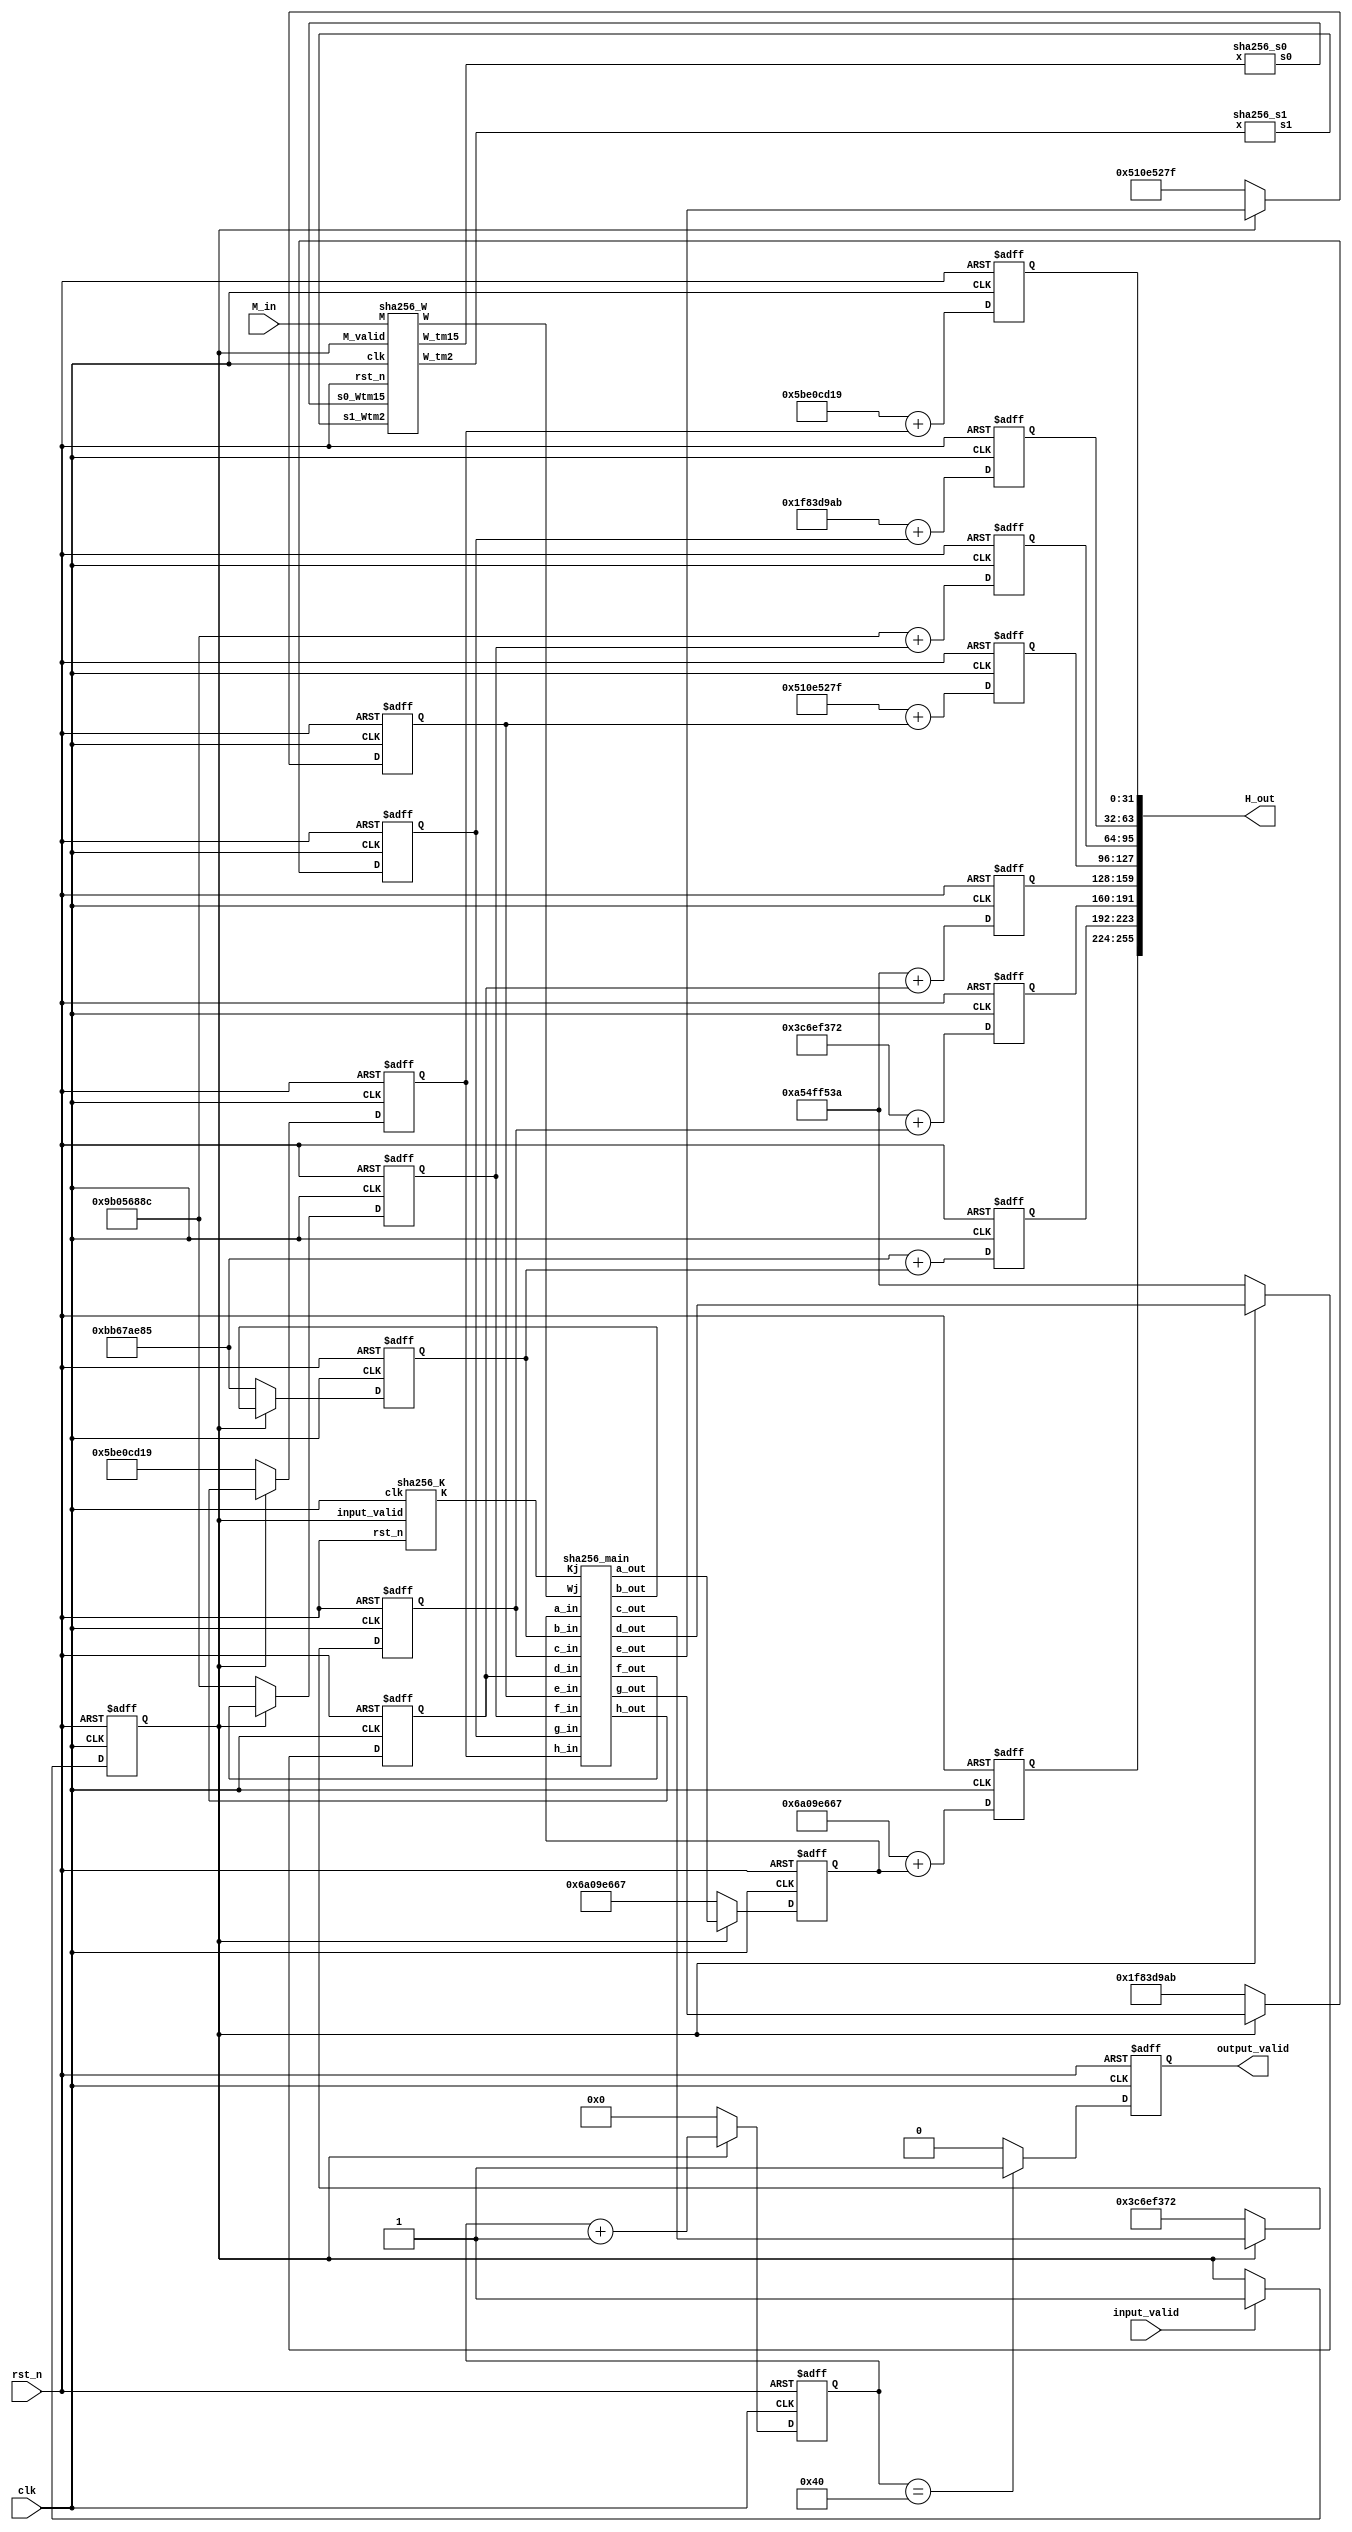
module sha256(
    input clk,
    input rst_n,
    //input [255:0] H_in,
    input [511:0] M_in,
    input input_valid,
    output [255:0] H_out,
    output output_valid
    );

reg [6:0] round;
reg [6:0] round_w;
reg input_ready_r;
reg input_ready_w;
reg output_valid_w, output_valid_r;

wire [31:0] a_in,b_in,c_in,d_in,e_in,f_in,g_in,h_in;
wire [255:0] H_in;

assign H_in = {
        32'h6A09E667, 32'hBB67AE85, 32'h3C6EF372, 32'hA54FF53A,
        32'h510E527F, 32'h9B05688C, 32'h1F83D9AB, 32'h5BE0CD19
};
assign a_in = H_in[255:224];
assign b_in = H_in[223:192];
assign c_in = H_in[191:160];
assign d_in = H_in[159:128];
assign e_in = H_in[127:96 ];
assign f_in = H_in[95 :64 ];
assign g_in = H_in[63 :32 ];
assign h_in = H_in[31 :0  ];
reg  [31:0] a_q, b_q, c_q, d_q, e_q, f_q, g_q, h_q;
wire [31:0] a_d, b_d, c_d, d_d, e_d, f_d, g_d, h_d;
wire [31:0] W_tm2, W_tm15, s1_Wtm2, s0_Wtm15, Wj, Kj;
reg [32:0] a,b,c,d,e,f,g,h;
assign H_out = {a[31:0], b[31:0], c[31:0], d[31:0], e[31:0], f[31:0], g[31:0], h[31:0]};
assign output_valid = output_valid_r;
sha256_s0 sha256_s0 (.x(W_tm15), .s0(s0_Wtm15));
sha256_s1 sha256_s1 (.x(W_tm2), .s1(s1_Wtm2));
//64 k constants output by sequence ->Kj
sha256_K sha256_K (.clk(clk), .rst_n(rst_n), .input_valid(input_ready_r), .K(Kj));
//Wj
sha256_W sha256_W(
    .clk(clk),
    .rst_n(rst_n),
    .M(M_in), .M_valid(input_ready_r),
    .W_tm2(W_tm2), .W_tm15(W_tm15),
    .s1_Wtm2(s1_Wtm2), .s0_Wtm15(s0_Wtm15),
    .W(Wj)
);
//main block
sha256_main sha256_main (
    .Kj(Kj), .Wj(Wj),
    .a_in(a_q), .b_in(b_q), .c_in(c_q), .d_in(d_q),
    .e_in(e_q), .f_in(f_q), .g_in(g_q), .h_in(h_q),
    .a_out(a_d), .b_out(b_d), .c_out(c_d), .d_out(d_d),
    .e_out(e_d), .f_out(f_d), .g_out(g_d), .h_out(h_d)
);
always @(*) begin 
    round_w = round + 9'b1;
    if(round==64) output_valid_w=1;
    else output_valid_w = 0;
end

always @(posedge clk or negedge rst_n) begin
    if(!rst_n) begin
        output_valid_r <= 1'b0;
    end
    else begin
        output_valid_r <= output_valid_w;
    end
end


always @(posedge clk or negedge rst_n)
    begin
        if(!rst_n) begin
            a_q <= 0; b_q <= 0; c_q <= 0; d_q <= 0;
            e_q <= 0; f_q <= 0; g_q <= 0; h_q <= 0;
            round <= 7'b0;
        end
        else begin
            if (!input_ready_r) begin
                a_q <= a_in; b_q <= b_in; c_q <= c_in; d_q <= d_in;
                e_q <= e_in; f_q <= f_in; g_q <= g_in; h_q <= h_in;
                round <= 7'b0;
            end 
            else begin
                a_q <= a_d; b_q <= b_d; c_q <= c_d; d_q <= d_d;
                e_q <= e_d; f_q <= f_d; g_q <= g_d; h_q <= h_d;
                round <= round_w;
            end
        end
end
always @(*)
    begin
        if (input_valid==1'b1) begin
            input_ready_w = 1'b1;
        end 
        else begin
            input_ready_w = input_ready_r;
        end
end
always @(posedge clk or negedge rst_n)
    begin
    if(!rst_n) begin
        input_ready_r <= 0;
    end
    else begin
        input_ready_r <= input_ready_w;
    end
end

always @(posedge clk or negedge rst_n)
begin
if(!rst_n) begin
    a<=0;
    b<=0;
    c<=0;
    d<=0;
    e<=0;
    f<=0;
    g<=0;
    h<=0; 
end
else begin
    a<=a_in+a_q;
    b<=b_in+b_q;
    c<=c_in+c_q;
    d<=d_in+d_q;
    e<=e_in+e_q;
    f<=f_in+f_q;
    g<=g_in+g_q;
    h<=h_in+h_q; 
end
end


endmodule


// round compression function
module sha256_main (
    input [31:0] Kj, Wj,
    input [31:0] a_in, b_in, c_in, d_in, e_in, f_in, g_in, h_in,
    output [31:0] a_out, b_out, c_out, d_out, e_out, f_out, g_out, h_out
    );
    reg [31:0] a_out_r, b_out_r, c_out_r, d_out_r, e_out_r, f_out_r, g_out_r, h_out_r;
    wire [31:0] Ch_e_f_g, Maj_a_b_c, S0_a, S1_e;
    reg [32-1:0] T1;
    reg [32-1:0] T2 ;
//-----------------------main function---------------------------
//---------------------------------------------------------------
    Ch Ch (.x(e_in), .y(f_in), .z(g_in), .Ch(Ch_e_f_g));
    Maj  Maj (.x(a_in), .y(b_in), .z(c_in), .Maj(Maj_a_b_c));
    sha256_S0 S0 (.x(a_in), .S0(S0_a));
    sha256_S1 S1 (.x(e_in), .S1(S1_e));
    assign a_out=a_out_r;
    assign b_out=b_out_r;
    assign c_out=c_out_r;
    assign d_out=d_out_r;
    assign e_out=e_out_r;
    assign f_out=f_out_r;
    assign g_out=g_out_r;
    assign h_out=h_out_r;
    always @(*) begin
//----------------------------------------------------------------
    T1 = h_in + S1_e + Ch_e_f_g + Kj + Wj;
   T2= S0_a + Maj_a_b_c;
//-----------------------------------------------------------------
     a_out_r = T1 + T2;
     b_out_r = a_in;
     c_out_r = b_in;
     d_out_r = c_in;
     e_out_r = d_in + T1;
     f_out_r = e_in;
     g_out_r = f_in;
    h_out_r = g_in;
    end

endmodule
//--------------------sub model------------------------
//--------------------------------------------------------------------------------------
module sha256_S0 (input wire [31:0] x,output wire [31:0] S0);

    assign S0 = ({x[1:0], x[31:2]} ^ {x[12:0], x[31:13]} ^ {x[21:0], x[31:22]});

endmodule

module sha256_S1 (input wire [31:0] x,output wire [31:0] S1);

    assign S1 = ({x[5:0], x[31:6]} ^ {x[10:0], x[31:11]} ^ {x[24:0], x[31:25]});

endmodule

module sha256_s0 (input wire [31:0] x,output wire [31:0] s0);

    assign s0 = ({x[6:0], x[31:7]} ^ {x[17:0], x[31:18]} ^ (x >> 3));

endmodule


module sha256_s1 (input wire [31:0] x,output wire [31:0] s1);

    assign s1 = ({x[16:0], x[31:17]} ^ {x[18:0], x[31:19]} ^ (x >> 10));

endmodule
// Ch(x,y,z)
module Ch(input wire [32-1:0] x, y, z,output wire [32-1:0] Ch);

    assign Ch = ((x & y) ^ (~x & z));

endmodule
// Maj(x,y,z)
module Maj (input wire [32-1:0] x, y, z,output wire [32-1:0] Maj);

    assign Maj = (x & y) ^ (x & z) ^ (y & z);

endmodule
//----------------------------------------------------------------------------------------

//output one K by sequence
//---------------------------------------------------------------------------
module sha256_K (input clk , input rst_n, input input_valid ,output [31:0] K);
    reg [2047:0] rom_q;
    reg [2047:0] rom_d;
    wire [2047:0] rom_q_w;
    wire [2047:0] rom_d_w;
    reg  [31:0] K_p;
    assign rom_d_w = rom_d;
    assign rom_q_w = rom_q;
    assign K =  K_p ;
    wire [2047:0] rom;
    assign rom= {
        32'h428a2f98, 32'h71374491, 32'hb5c0fbcf, 32'he9b5dba5,
        32'h3956c25b, 32'h59f111f1, 32'h923f82a4, 32'hab1c5ed5,
        32'hd807aa98, 32'h12835b01, 32'h243185be, 32'h550c7dc3,
        32'h72be5d74, 32'h80deb1fe, 32'h9bdc06a7, 32'hc19bf174,
        32'he49b69c1, 32'hefbe4786, 32'h0fc19dc6, 32'h240ca1cc,
        32'h2de92c6f, 32'h4a7484aa, 32'h5cb0a9dc, 32'h76f988da,
        32'h983e5152, 32'ha831c66d, 32'hb00327c8, 32'hbf597fc7,
        32'hc6e00bf3, 32'hd5a79147, 32'h06ca6351, 32'h14292967,
        32'h27b70a85, 32'h2e1b2138, 32'h4d2c6dfc, 32'h53380d13,
        32'h650a7354, 32'h766a0abb, 32'h81c2c92e, 32'h92722c85,
        32'ha2bfe8a1, 32'ha81a664b, 32'hc24b8b70, 32'hc76c51a3,
        32'hd192e819, 32'hd6990624, 32'hf40e3585, 32'h106aa070,
        32'h19a4c116, 32'h1e376c08, 32'h2748774c, 32'h34b0bcb5,
        32'h391c0cb3, 32'h4ed8aa4a, 32'h5b9cca4f, 32'h682e6ff3,
        32'h748f82ee, 32'h78a5636f, 32'h84c87814, 32'h8cc70208,
        32'h90befffa, 32'ha4506ceb, 32'hbef9a3f7, 32'hc67178f2
    };

always @(posedge clk or negedge rst_n)
begin
    if(!rst_n) begin
        rom_d <= 0;
        rom_q <= 0;
        K_p   <= 0;
    end
    else begin
       if (input_valid) begin
            rom_d <= {rom_q_w[2015:0],32'b0};
            rom_q <= {rom_q_w[2015:0],32'b0};
            K_p   <= rom_d_w[2047:2016];
        end 
        else begin
            rom_d <= {rom[2015:0],32'b0};
            rom_q <= {rom[2015:0],32'b0};
            K_p   <= rom[2047:2016];
           
        end 
    end
end
endmodule
//------------------------------------------------------------------------------------------------

// module sha256_H_0(output [255:0] H_0);
//     assign H_0 = {
//         32'h6A09E667, 32'hBB67AE85, 32'h3C6EF372, 32'hA54FF53A,
//         32'h510E527F, 32'h9B05688C, 32'h1F83D9AB, 32'h5BE0CD19
//     };
// endmodule



//-=-=-=-=-=-=-=--=-=-=-=-=-==-=-=-=-=-=-=-=-=-=-=-=-=-=-=-=-=-
// the message schedule: a machine that generates Wt values
module sha256_W(
    input clk,
    input rst_n,
    input [32*16-1:0] M,
    input M_valid,
    output [32-1:0] W_tm2, W_tm15,
    input [32-1:0] s1_Wtm2, s0_Wtm15,
    output [32-1:0] W
    );
    reg [31:0] W_r,W_tm2_r,W_tm15_r;
    reg [32*16-1:0] W_stack_q;
    reg [32-1:0] W_p;
    reg [32*16-1:0] W_stack_d ;
    reg valid;
    reg [32-1:0] Wt_next;
    reg [32-1:0] W_tm7;
    reg [32-1:0] W_tm16;
assign W = W_p;
assign W_tm2=W_tm2_r;
assign W_tm15=W_tm15_r;

always @(*) begin
    W_tm2_r = W_stack_q[32*2-1:32*1];
    W_tm7 = W_stack_q[32*7-1:32*6];
     W_tm15_r = W_stack_q[32*15-1:32*14];
    // Wt_next is the next Wt to be pushed to the queue, will be consumed in 16 rounds
    Wt_next = s1_Wtm2 + W_tm7 + s0_Wtm15 + W_stack_q[32*16-1:32*15];
    W_stack_d = {W_stack_q[32*15-1:0], Wt_next};
end
always @(posedge clk or negedge rst_n)
begin
    if(!rst_n) begin
        W_stack_q <= 0;
        W_p <= 0;
    end
    else begin
        if (M_valid)
        begin  
            W_stack_q <= W_stack_d;
            W_p <= W_stack_d[32*16-1:32*15];
        end     
        else 
        begin
            W_stack_q <= M;
            W_p <= M [32*16-1:32*15];
            
        end
   end
end
endmodule